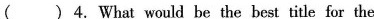
( )4.What would be the best title for the